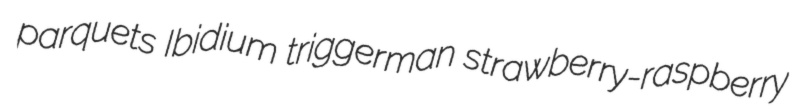
parquets Ibidium triggerman strawberry-raspberry